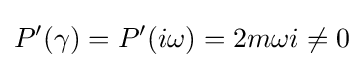
P'(\gamma )=P'(i\omega )=2m\omega i\neq 0